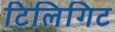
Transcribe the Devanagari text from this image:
टिलिगिट